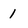
Character: 1